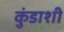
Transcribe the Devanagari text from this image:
कुंडाशी